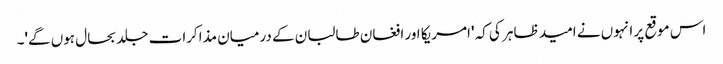
اس موقع پر انہوں نے امید ظاہر کی کہ 'امریکا اور افغان طالبان کے درمیان مذاکرات جلد بحال ہوں گے'۔